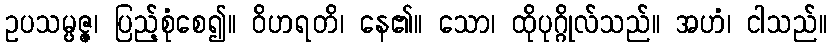
ဥပသမ္ပဇ္ဇ၊ ပြည့်စုံစေ၍။ ဝိဟရတိ၊ နေ၏။ သော၊ ထိုပုဂ္ဂိုလ်သည်။ အဟံ၊ ငါသည်။